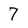
Character: 7